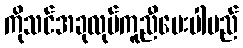
ကိုသင်အခုလုပ်ကူညီပေးပါမည်